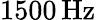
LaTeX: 1500\, \mathrm{{Hz}}